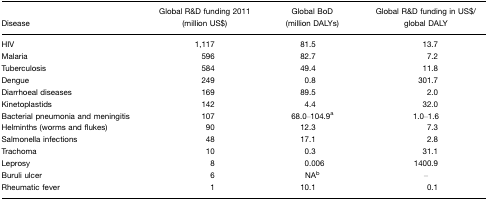
<table><thead><tr><td><b>Disease</b></td><td><b>Global R&amp;D funding 2011 (million US$)</b></td><td><b>Global BoD (million DALYs)</b></td><td><b>Global R&amp;D funding in US$/global DALY</b></td></tr></thead><tbody><tr><td>HIV</td><td>1,117</td><td>81.5</td><td>13.7</td></tr><tr><td>Malaria</td><td>596</td><td>82.7</td><td>7.2</td></tr><tr><td>Tuberculosis</td><td>584</td><td>49.4</td><td>11.8</td></tr><tr><td>Dengue</td><td>249</td><td>0.8</td><td>301.7</td></tr><tr><td>Diarrhoeal diseases</td><td>169</td><td>89.5</td><td>2.0</td></tr><tr><td>Kinetoplastids</td><td>142</td><td>4.4</td><td>32.0</td></tr><tr><td>Bacterial pneumonia and meningitis</td><td>107</td><td>68.0–104.9a</td><td>1.0–1.6</td></tr><tr><td>Helminths (worms and flukes)</td><td>90</td><td>12.3</td><td>7.3</td></tr><tr><td>Salmonella infections</td><td>48</td><td>17.1</td><td>2.8</td></tr><tr><td>Trachoma</td><td>10</td><td>0.3</td><td>31.1</td></tr><tr><td>Leprosy</td><td>8</td><td>0.006</td><td>1400.9</td></tr><tr><td>Buruli ulcer</td><td>6</td><td>NAb</td><td>–</td></tr><tr><td>Rheumatic fever</td><td>1</td><td>10.1</td><td>0.1</td></tr></tbody></table>